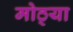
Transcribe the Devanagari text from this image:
मोठ्‍या